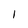
Character: 1